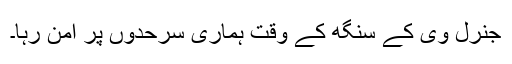
جنرل وی کے سنگھ کے وقت ہماری سرحدوں پر امن رہا۔